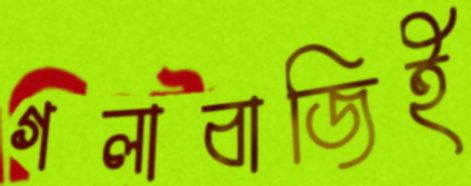
গলাবাজিই